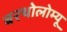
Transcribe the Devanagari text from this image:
बरथोलोम्यू